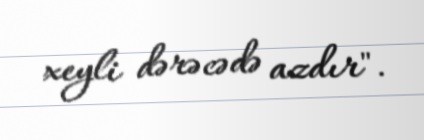
xeyli dərəcədə azdır".